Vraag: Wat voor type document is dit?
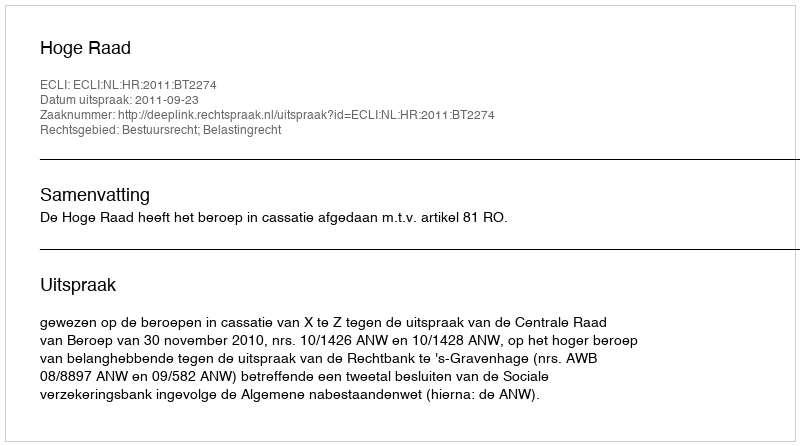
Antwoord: Uitspraak